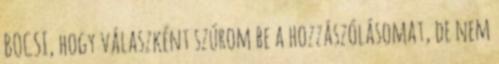
BOCSI, hogy válaszként szúrom be a hozzászólásomat, de nem